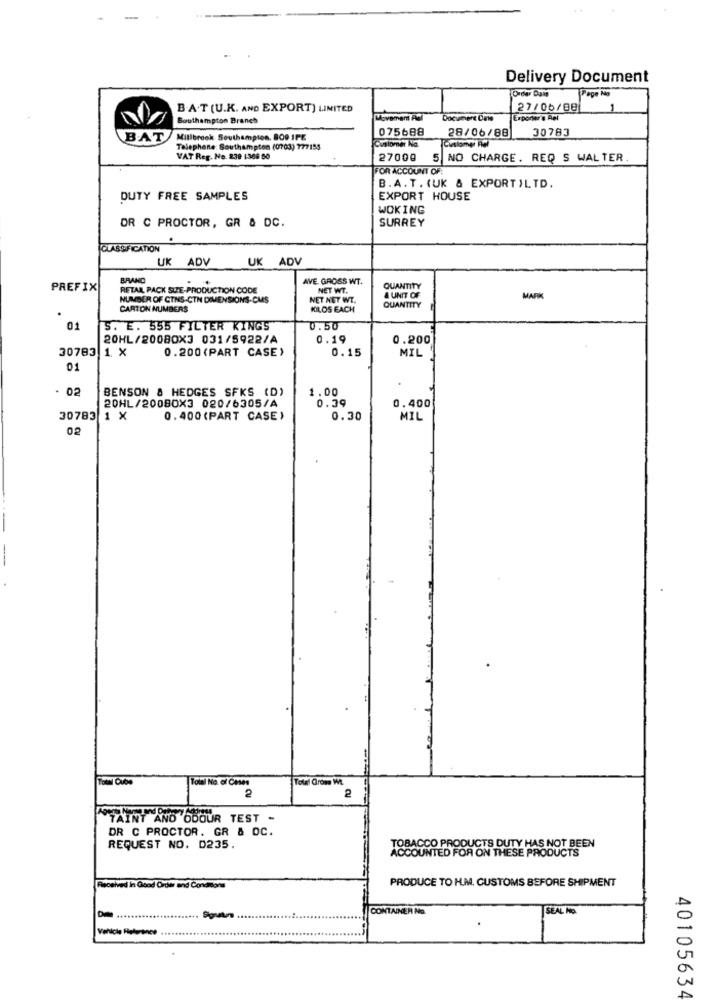
Delivery Document
Order Date
Page No
B.A.T (U.K. AND EXPORT) LIMITED
27/06/88
1
Southampton Branch
Movement AC
Document Date
Exponer's Rel
075688
28/06/88
30783
BAT
Millbrook Southampton. 800 IPE
Customer Na.
Telephone: Southampton (0703) 777158
Touslomer Rel
VAT Reg. No. 239 1366 50
27000
NO CHARGE. REQ S WALTER
OR ACCOUNT OF
B.A.T. (UK & EXPORT)LTD.
DUTY FREE SAMPLES
EXPORT HOUSE
WOKING
OR C PROCTOR, GR & DC.
SURREY
CLASSIFICATION
UK ADV
UK ADV
BRAND
AVE. GROSS WT.
PREFIX
RETAL, PACK SUE-PRODUCTION CODE
NET WT.
QUANTITY
A UNIT OF
NUMBER OF CTNS-CTN DIMENSIONS.CMS
NET NET WT.
QUANTITY
CARTON NUMBERS
KILOS EACH
01
S. E. 555 FILTER KINGS
0.50
20HL/20080X3 031/5922/A
0.19
0.200
30783 1. X
0.200 (PART CASE)
MIL
0.15
01
02
BENSON & HEDGES SFKS (D)
1.00
0.39
0.400
20HL/200BOX3 020/6305/A
30783 1 X
0.400 (PART CASE)
0.30
MIL
02
Towl No. of Cases
Total Gross Wt
2
2
TAINT AND ODOUR TEST -
DR C PROCTOR. GR & OC.
REQUEST NO. D235.
TOBACCO PRODUCTS DUTY HAS NOT BEEN
ACCOUNTED FOR ON THESE PRODUCTS
PRODUCE TO H.M. CUSTOMS BEFORE SHIPMENT
Received In Good Order and Conditions
CONTAINER No.
SEAL Hp.
40105634